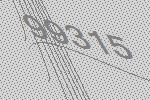
99315